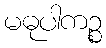
မဓုပါကဉ္စ